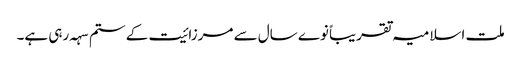
ملت اسلامیہ تقریباً نوے سال سے مرزائیت کے ستم سہہ رہی ہے۔